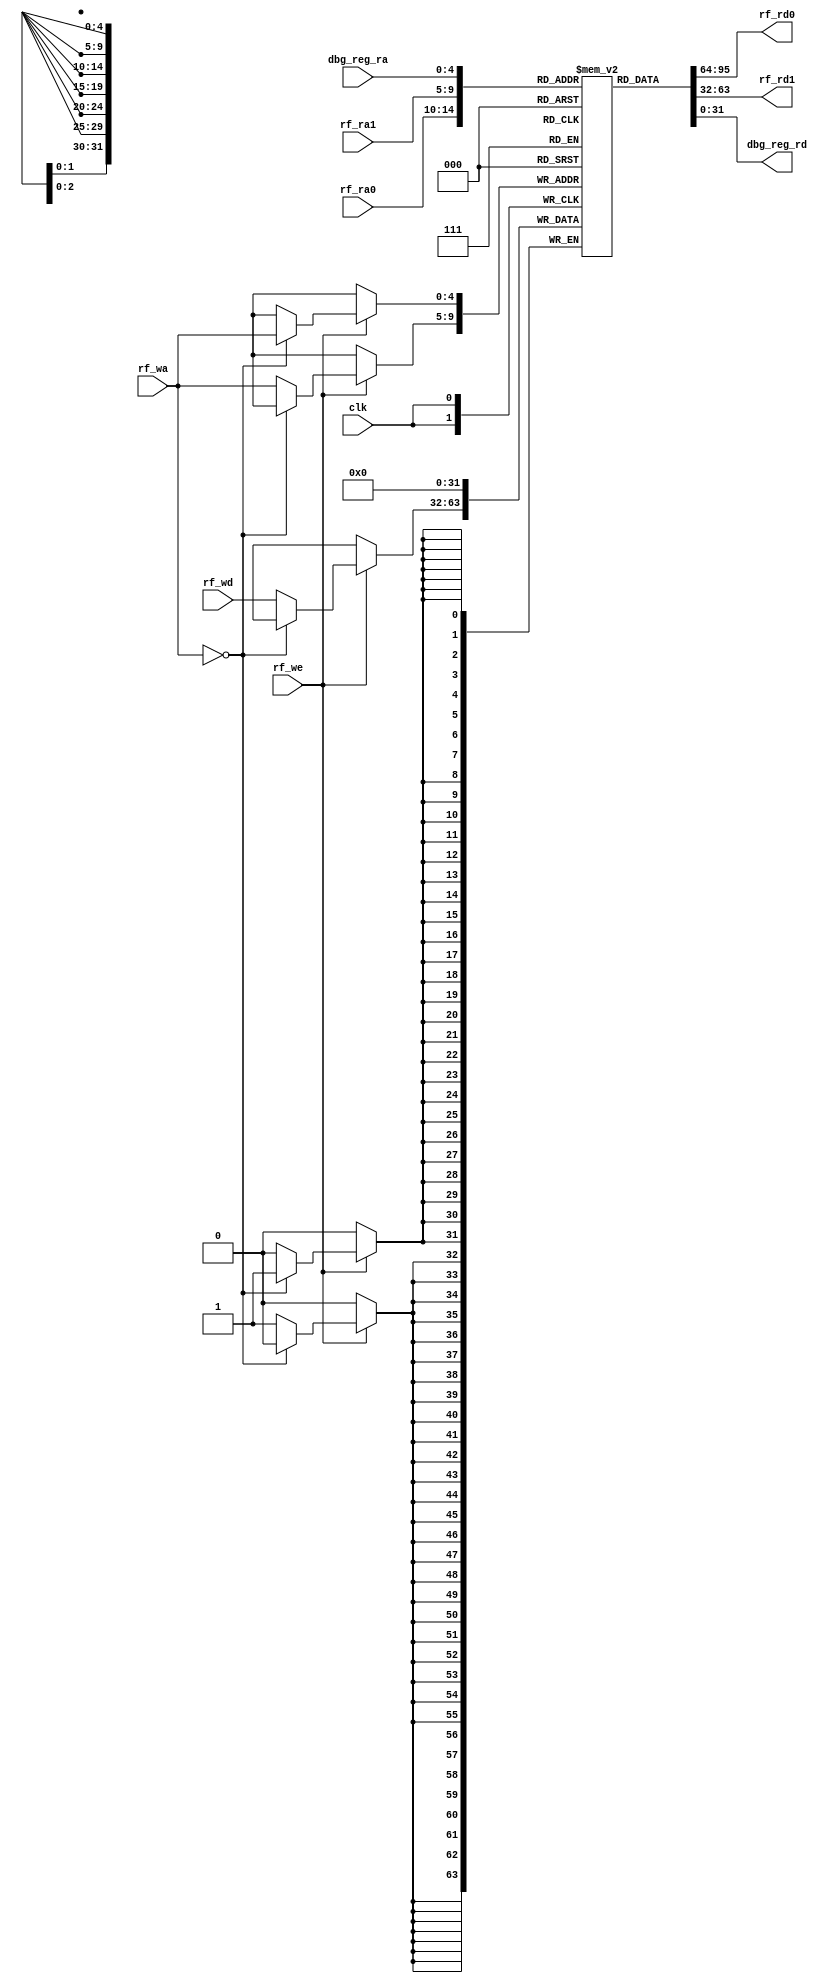
//`timescale 1ns / 1ps

//////////////////////////////////////////////////////////////////////////////////
// Company: 
// Engineer: 
// 
// Design Name: 
// Module Name: REG_FILE
// Project Name: 
// Target Devices: 
// Tool Versions: 
// Description: 
// 
// Dependencies: 
// 
// Revision:
// Revision 0.01 - File Created
// Additional Comments:
// 
//////////////////////////////////////////////////////////////////////////////////


module REG_FILE (
    input                   [ 0 : 0]        clk,

    input                   [ 4 : 0]        rf_ra0,
    input                   [ 4 : 0]        rf_ra1,   
    input                   [ 4 : 0]        rf_wa,
    input                   [ 0 : 0]        rf_we,
    input                   [31 : 0]        rf_wd,

    output                  [31 : 0]        rf_rd0,
    output                  [31 : 0]        rf_rd1,
    input                   [ 4 : 0]        dbg_reg_ra,
    output                  [31 : 0]        dbg_reg_rd
);

    reg [31 : 0] reg_file [0 : 31];

    // 
    integer i;
    initial begin
        for (i = 0; i < 32; i = i + 1)
            reg_file[i] = 0;
    end

    always @(posedge clk) begin
        if (rf_we) begin
            if(rf_wa == 5'b00000)begin
                reg_file[rf_wa] <= 0;
            end
            else
                reg_file[rf_wa] <= rf_wd;
        end
    end

    assign rf_rd0 = reg_file[rf_ra0];
    assign rf_rd1 = reg_file[rf_ra1];

    //set to help debug;
    assign dbg_reg_rd = reg_file[dbg_reg_ra];

endmodule